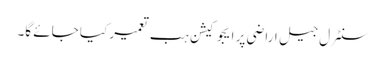
سنٹرل جیل اراضی پر ایجوکیشن ہب تعمیر کیا جائے گا۔